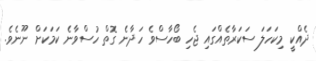
ދެއްކީ މިކަހަލަ ސަކަރާތެއްގައި ޖެހި ބޯހާސްވެ ހަދާނެ ގޮތް ހުސްވާނެ ކަމަކަށް ނޫނެވެ.